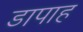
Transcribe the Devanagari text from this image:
डापाह